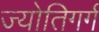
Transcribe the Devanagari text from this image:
ज्योतिगर्ग